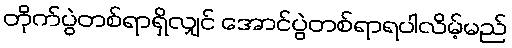
တိုက်ပွဲတစ်ရာရှိလျှင် အောင်ပွဲတစ်ရာရပါလိမ့်မည်